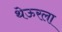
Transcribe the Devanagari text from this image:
थेऊरला